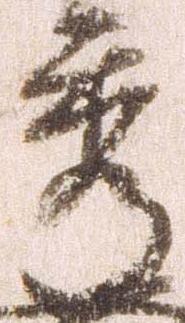
秀